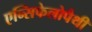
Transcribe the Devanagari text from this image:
एन्सिफेलोपैथी